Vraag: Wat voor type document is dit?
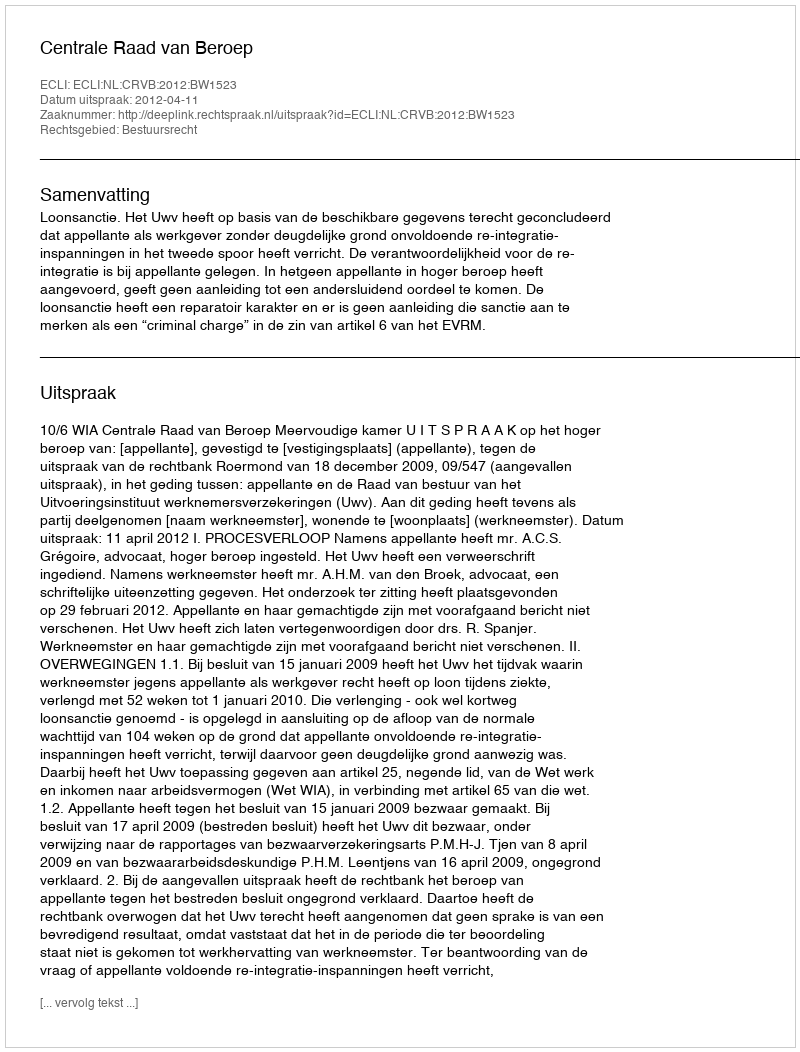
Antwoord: Uitspraak